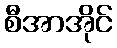
စီအာအိုင်